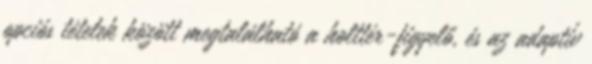
opciós tételek között megtalálható a holttér-figyelő, és az adaptív